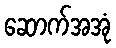
ဆောက်အအုံ